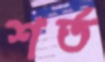
শর্ত